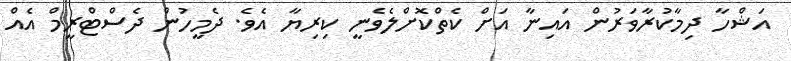
އަޝްހާ ދިމާކުރާވަރުން އައިނާ އަށް ކެތްކޮށްލެވެނީ ކިރިޔާ އެވެ. ދެމީހުން ދެސްޓްރީމް އެއް